Scottish Leaving Certificate Examination, 1961
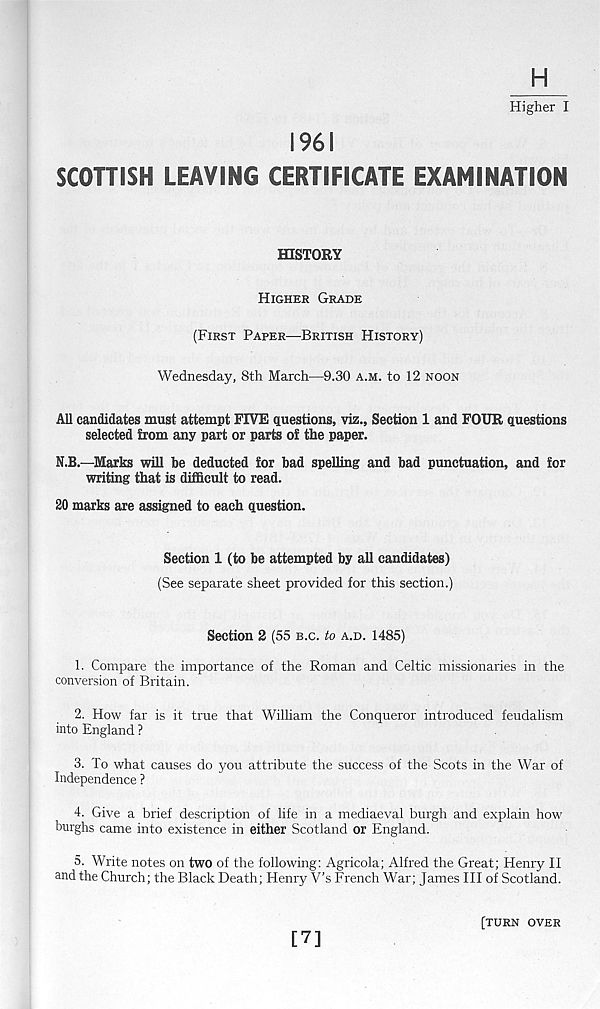
H
Higher I
1961
SCOTTISH LEAVING CERTIFICATE EXAMINATION
HISTORY
HIGHER GRADE
(FIRST PAPER—BRITISH HISTORY)
Wednesday, 8th March—9.30 A.M. to 12 NOON
All candidates must attempt FIVE questions, viz.. Section 1 and FOUR questions
selected from any part or parts of the paper.
N.B.—Marks will he deducted for bad spelling and bad punctuation, and for
writing that is difficult to read.
20 marks are assigned to each question.
Section 1 (to be attempted by all candidates)
(See separate sheet provided for this section.)
Section 2 (55 B.C. to A.D. 1485)
1. Compare the importance of the Roman and Celtic missionaries in the
conversion of Britain.
2. How far is it true that William the Conqueror introduced feudalism
into England ?
3. To what causes do you attribute the success of the Scots in the War of
Independence ?
4. Give a brief description of life in a mediaeval burgh and explain how
burghs came into existence in either Scotland or England.
5. Write notes on two of the following: Agricola; Alfred the Great; Henry II
and the Church; the Black Death; Henry V’s French War; James III of Scotland.
[7]
[TURN OVER